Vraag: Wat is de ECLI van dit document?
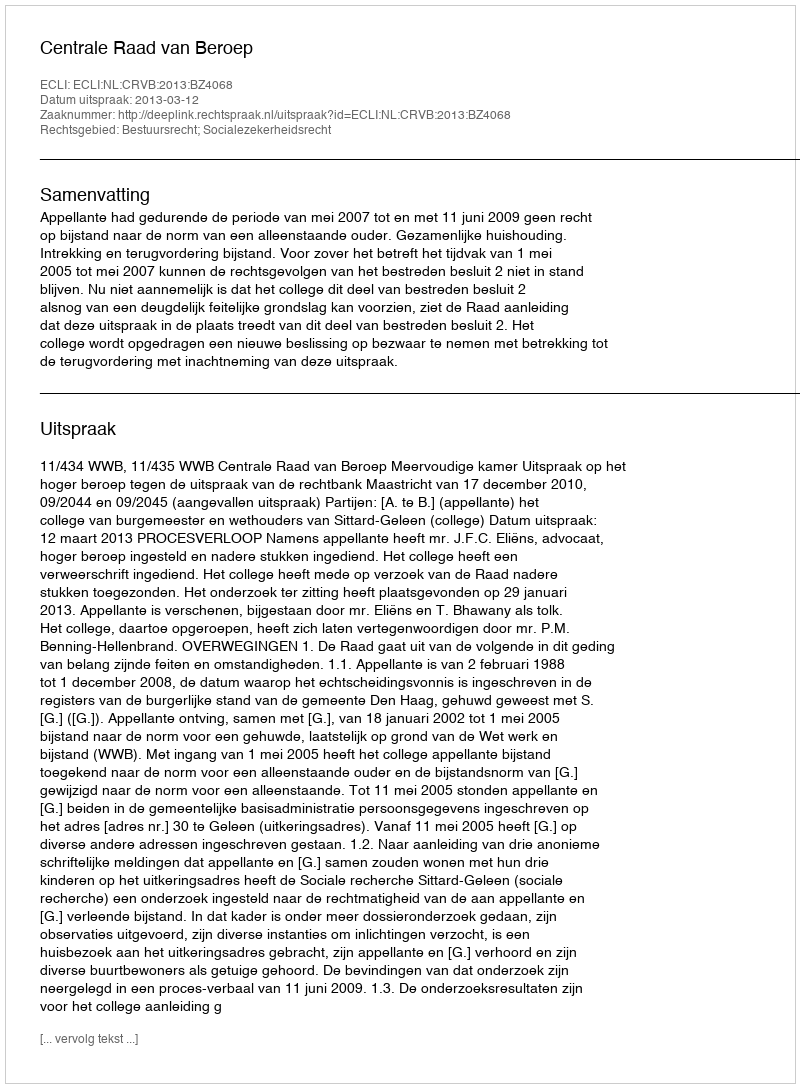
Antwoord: ECLI:NL:CRVB:2013:BZ4068